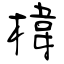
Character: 椲